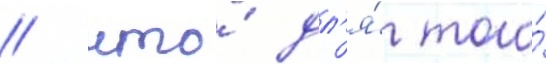
/ что́ дл'я́ того́